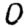
Digit: 0